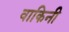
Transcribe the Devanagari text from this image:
वाकिनी